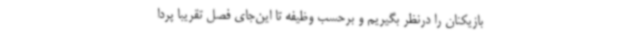
بازیکنان را درنظر بگیریم و برحسب وظیفه تا این‌جای فصل تقریبا پردا